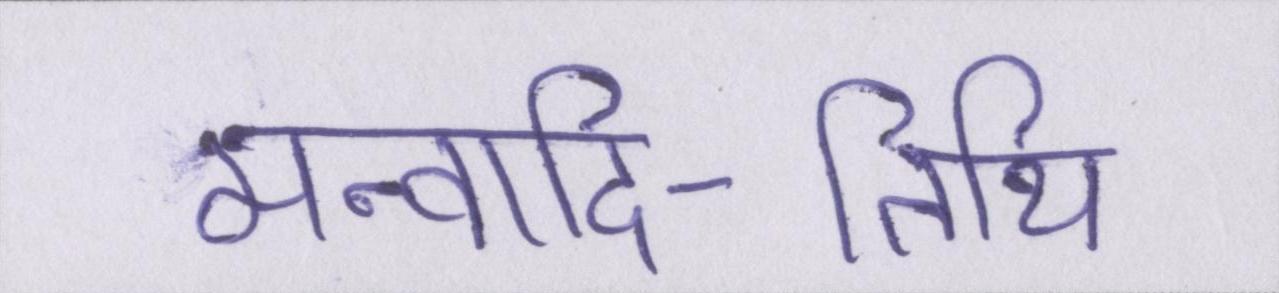
मन्वादि-तिथि